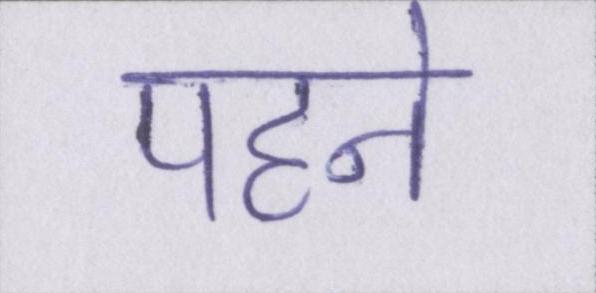
पहने